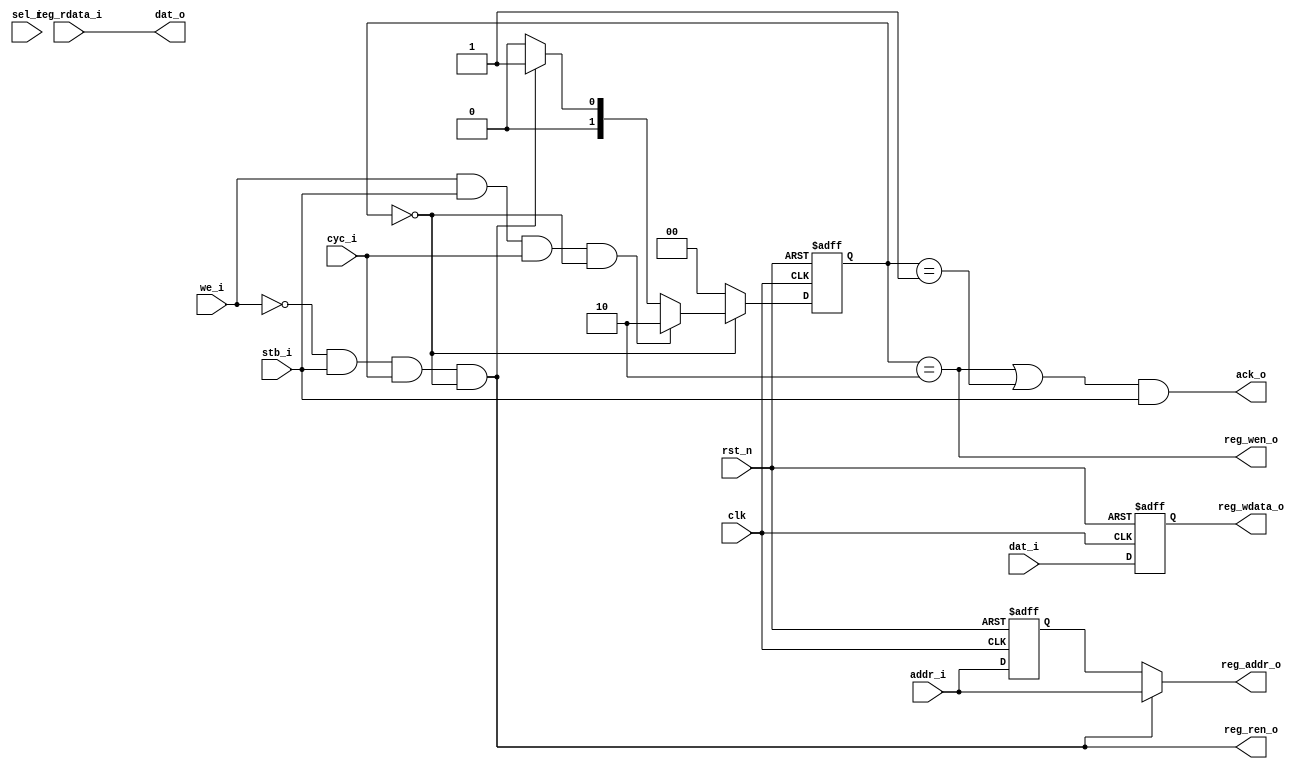
// SPDX-FileCopyrightText: 2022 SH CONSULTING K.K.
//
// Licensed under the Apache License, Version 2.0 (the "License");
// you may not use this file except in compliance with the License.
// You may obtain a copy of the License at
//
//      http://www.apache.org/licenses/LICENSE-2.0
//
// Unless required by applicable law or agreed to in writing, software
// distributed under the License is distributed on an "AS IS" BASIS,
// WITHOUT WARRANTIES OR CONDITIONS OF ANY KIND, either express or implied.
// See the License for the specific language governing permissions and
// limitations under the License.
// SPDX-License-Identifier: Apache-2.0

////////////////////////////////////////////////////////////////////////////////
// Company     : SH Consulting
//
// Description : Wishbone slave
//
// History     : Initial 	
//
////////////////////////////////////////////////////////////////////////////////

module bldc_wb_slave
    (
    clk,
    rst_n,
    //---------------------------------
    //Wishbone interface
    sel_i,
    dat_i,
    addr_i,
    cyc_i,
    we_i,
    stb_i,
    ack_o,
    dat_o,
    //---------------------------------
    //BLDC register interface
    reg_wdata_o,
    reg_wen_o,
    reg_ren_o,
    reg_addr_o,
    reg_rdata_i
    );

////////////////////////////////////////////////////////////////////////////////
//parameter
parameter WB_AW   = 6'd32;
parameter WB_DW   = 6'd32;
parameter REG_AW  = 6'd32;
parameter REG_DW  = 6'd32;

parameter IDLE    = 2'd0;
parameter READ    = 2'd1;
parameter WRITE   = 2'd2;

////////////////////////////////////////////////////////////////////////////////
// Port declarations
input                 clk;
input                 rst_n;
//---------------------------------
//Wishbone interface
input [3:0]           sel_i;
input [WB_DW-1:0]     dat_i;
input [WB_AW-1:0]     addr_i;
input                 cyc_i;
input                 we_i;
input                 stb_i;
output                ack_o;
output [WB_DW-1:0]    dat_o;
//---------------------------------
//BLDC register interface
output [REG_DW-1:0]   reg_wdata_o;
output                reg_wen_o;
output                reg_ren_o;
output [REG_AW-1:0]   reg_addr_o;
input [REG_DW-1:0]    reg_rdata_i;
////////////////////////////////////////////////////////////////////////////////
//internal signal
reg [WB_DW-1:0]       reg_wdata_o;

wire                  idle_to_write;
wire                  idle_to_read;
reg [REG_AW-1:0]      addr_1;
wire                  st_idle;
wire                  st_write;
wire                  st_read;

reg  [1:0]            nxt_state;
reg  [1:0]            state;   

//------------------------------------------------------------------------------
// AHB next state logic

assign idle_to_write = we_i & stb_i & cyc_i & st_idle;
assign idle_to_read = (~we_i) & stb_i & cyc_i & st_idle;

always @ (*)
    begin
    case (state)
    	IDLE :
            begin
    	    nxt_state = idle_to_write ? WRITE : 
                        idle_to_read ? READ : IDLE;
    	    end	
    	WRITE :
    	    begin
    	    nxt_state = IDLE;
    	    end	
    	READ :
    	    begin
    	    nxt_state = IDLE; 
    	    end	
    	default :
    	    begin
    	    nxt_state = IDLE;
    	    end	
    endcase
    end
//------------------------------------------------------------------------------
// FF
always @ (posedge clk or negedge rst_n)
    begin
    if(!rst_n)
        state <= IDLE;
    else
        state <= nxt_state;
    end

assign st_idle = (state == IDLE);
assign st_write = (state == WRITE);
assign st_read = (state == READ);
//------------------------------------------------------------------------------
//wdata
always @ (posedge clk or negedge rst_n)
    begin
    if(!rst_n)
        reg_wdata_o <= {WB_DW{1'b0}};
    else
        reg_wdata_o <= dat_i;
    end
//------------------------------------------------------------------------------
//address
always @ (posedge clk or negedge rst_n)
    begin
    if(!rst_n)
        addr_1 <= {REG_AW{1'b0}};
    else
        addr_1 <= addr_i[REG_AW-1:0];
    end

assign reg_addr_o = idle_to_read ? addr_i[REG_AW-1:0] : addr_1;

//------------------------------------------------------------------------------
//Write control
assign reg_wen_o = st_write;
//------------------------------------------------------------------------------
//read control
assign reg_ren_o = idle_to_read;
//------------------------------------------------------------------------------
//ACK control
assign ack_o = (st_write | st_read) & stb_i;
//------------------------------------------------------------------------------
//Data out
assign dat_o = reg_rdata_i;

endmodule